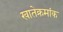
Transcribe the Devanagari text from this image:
खातेक्रमांक